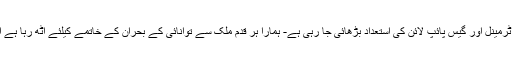
انہوں نے کہا کہ ایل این جی کی درآمد کے لئے ٹرمینل اور گیس پائپ لائن کی استعداد بڑھائی جا رہی ہے- ہمارا ہر قدم ملک سے توانائی کے بحران کے خاتمے کیلئے اٹھ رہا ہے اور اس ضمن میں چین کا تعاون قابل تحسین ہے۔